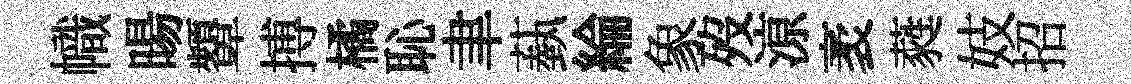
幟暘顰搏橘恥聿蓺綸象歿鿌袤蕤妓招